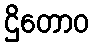
ဌိတောဝ